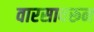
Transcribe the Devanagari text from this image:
वारसावरून